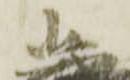
忠